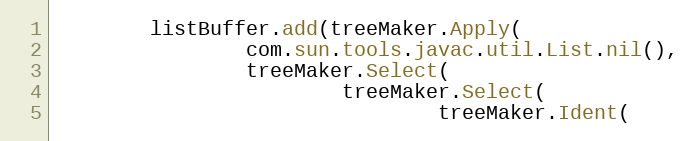
Language: Java
        listBuffer.add(treeMaker.Apply(
                com.sun.tools.javac.util.List.nil(),
                treeMaker.Select(
                        treeMaker.Select(
                                treeMaker.Ident(